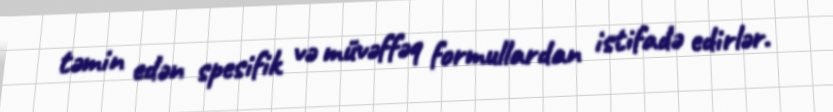
təmin edən spesifik və müvəffəq formullardan istifadə edirlər.